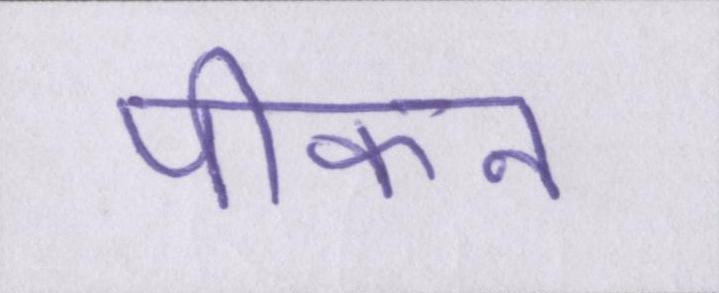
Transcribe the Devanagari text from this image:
पीकन